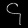
Digit: ၄